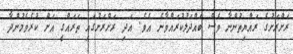
ރަށްރަށުގެ ރައްޔިތުންނާ ވެސް ބައްދަލުކުރައްވާނެ އެވެ. އަދި ރަށްރަށުގައި ތަރައްގީ އަށް ކުރެވެމުންދާ